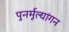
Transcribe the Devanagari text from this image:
पुनर्मूल्यांगन